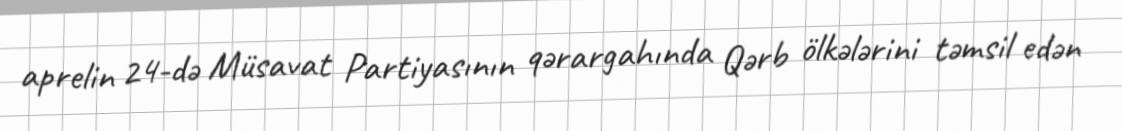
aprelin 24-də Müsavat Partiyasının qərargahında Qərb ölkələrini təmsil edən